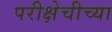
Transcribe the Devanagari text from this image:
परीक्षेचीच्या